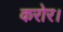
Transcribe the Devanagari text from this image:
करोर।